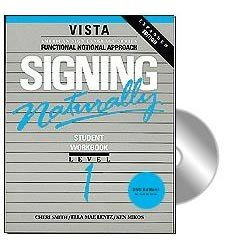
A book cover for Signing Naturally: Student Workbook, Level 1 (Vista American Sign Language: Functional Notation Approach); Ken Mikos; Reference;